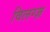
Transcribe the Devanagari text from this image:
विलग्ज़